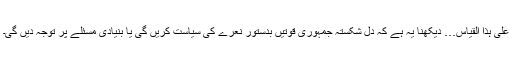
علیٰ ہذا القیاس… دیکھنا یہ ہے کہ دل شکستہ جمہوری قوتیں بدستور نعرے کی سیاست کریں گی یا بنیادی مسئلے پر توجہ دیں گی۔